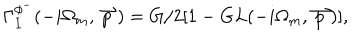
LaTeX: \Gamma _ { I } ^ { \phi ^ { - } } ( - i \Omega _ { m } , \stackrel { \rightharpoonup } { p } ) = G / 2 [ 1 - G L ( - i \Omega _ { m } , \stackrel { \rightharpoonup } { p } ) ] ,